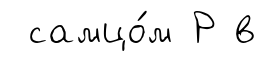
самцо́м Р в